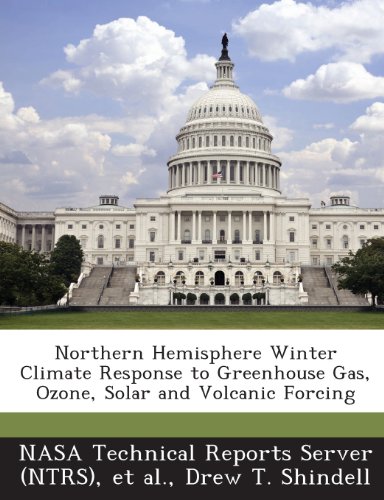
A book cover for Northern Hemisphere Winter Climate Response to Greenhouse Gas, Ozone, Solar and Volcanic Forcing; Drew T. Shindell; Crafts, Hobbies & Home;